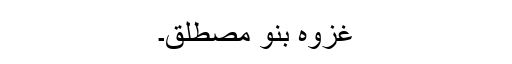
غزوہ بنو مصطلق۔